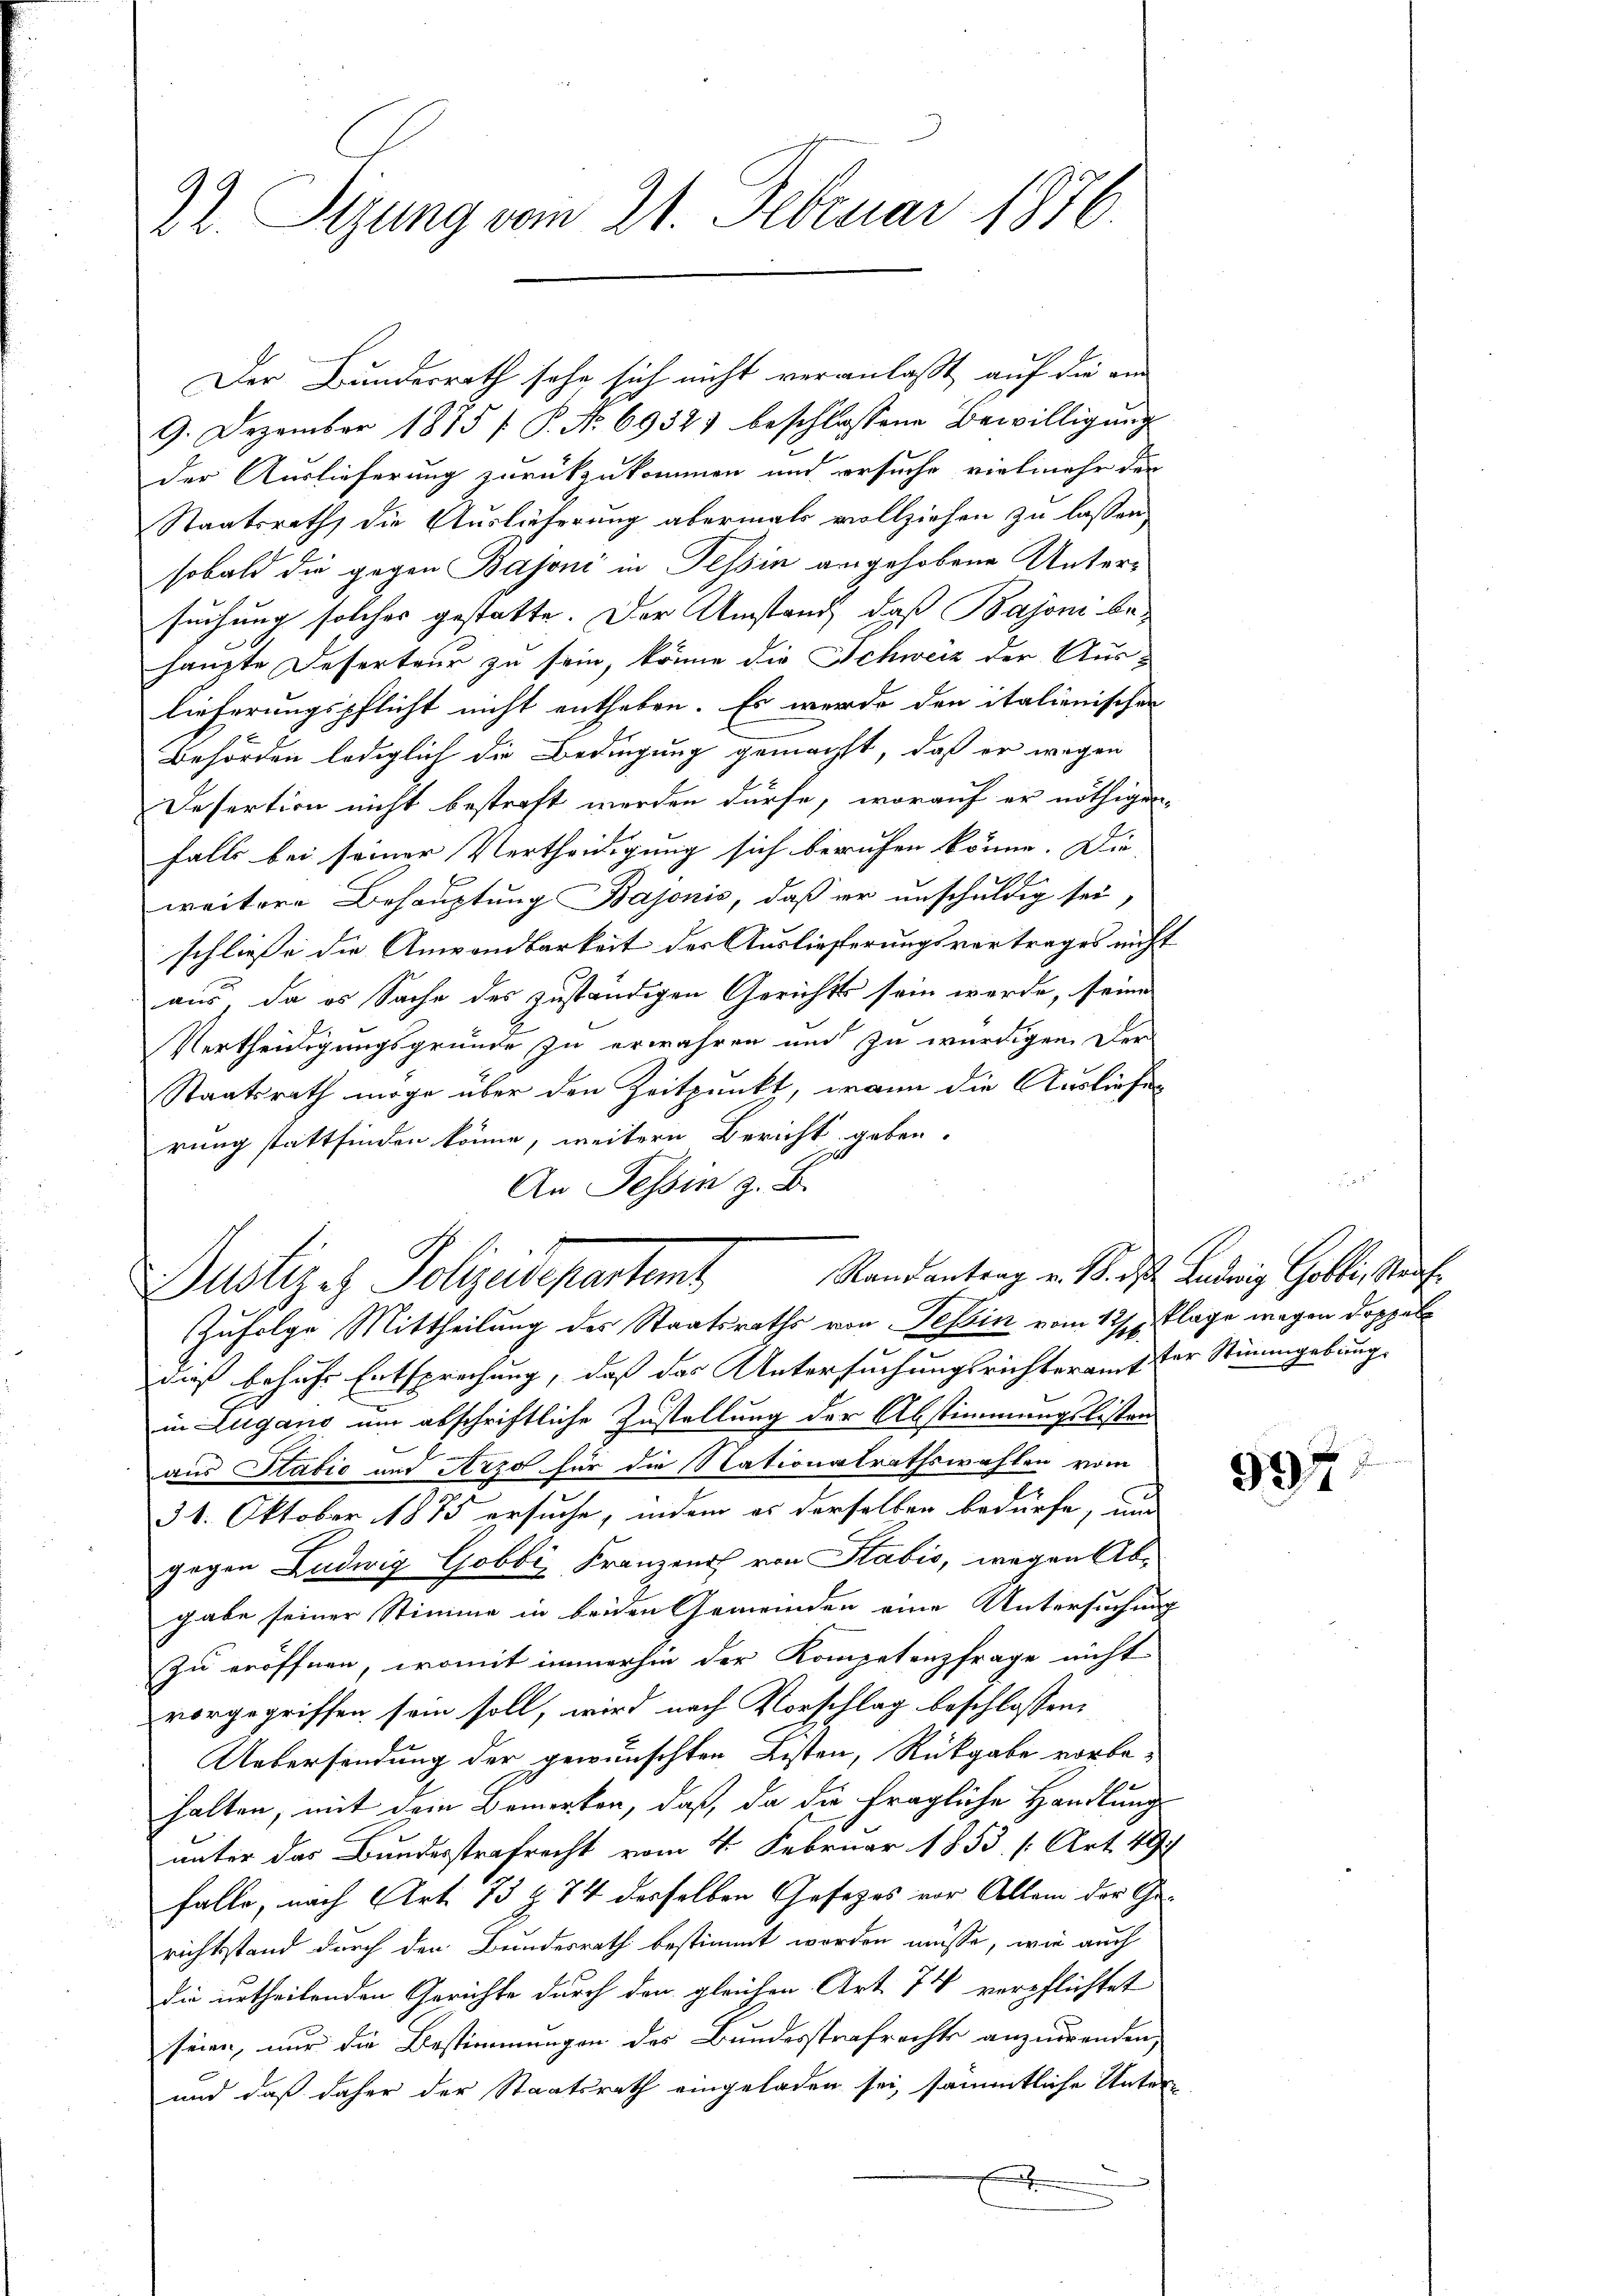
22. Sizung vom 21. Februar 1876.

Der Bundesrath sehe sich nicht veranlaßt, auf die am
9. Dezember 1875 / P. Nr. 6932) beschlossene Bewilligung
der Auslieferung zurückzukommen und ersuche vielmehr der
Staatsrath die Auslieferung abermals vollziehen zu lassen
sobald die gegen Bajoni in Tessin angehobene Untersuchung solches gestatte. Der Umstand, daß Bajoni behaupte Deserteur zu sein, könne die Schweiz der Auslieferungspflicht nicht entheben. Es wurde den italienischen
Behörden lediglich die Bedingung gemacht, daß er wegen
Desertion nicht bestraft werden dürfe, worauf er nöthigen
falls bei seiner Vertheidigung sich berufen könne. Die
weitere Behauptung Bajonis, daß er unschuldig sei
schliesse die Anwandbarkeit der Auslieferungsvertrages nicht
aus, da es Sache des zuständigen Gerichts sein werde, seine
Vertheiligungsgründe zu erwähren und zu würdigen. Der
Staatsrath möge über den Zeitpunkt, wenn die Ausliefes
rung stattfinden könne, weitern Bericht geben.
An Tessin z. B.
dieß behufs Entsprechung, daß das Untersuchungsrichteramt der Stimmgebung
in Lugano um abschriftliche Zustellung der Abstimmungslisten
aus Stabić und Arzo für die Nationalrathswahlen vom
31. Oktober 1875 ersuche, indem es derselben bedürfe, und
gegen Ludwig Gobbi, Franzen von Sabić, wegen Abgabe seiner Stimme in beiden Gemeinden eine Untersuchung
zu eröffnen, womit immerhin der Kompetenzfrage nicht
vorgegriffen sein soll, wird nach Vorschlag beschlossen,
Uebersendung der gewünschten Listen, Rückgabe vorbehalten, mit dem Bemerken, daß, da die fragliche Handlung
unter das Bundesstrafrecht vom 4. Februar 1853 [Art. 49
falls, nach Art. 73 § 74 desselben Gesetzes vor Allem der Gerichtsstand durch den Bundesrath bestimmt worden müsse, wie auch
die urtheilenden Gerichte durch den gleichen Art. 74 verpflichtet
seien, nur die Bestimmungen des Bundesstrafrechts anzuwenden,
und daß daher der Staatsrath eingeladen sei, sämmtliche Unterx

Randantrag v. 1. d. Ludwig Gobli, Straf
Justiz es Polizeidepartamt
Zufolge Mittheilung des Staatsraths von Tessin vom 1sten Klage wegen Doppel

997